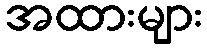
အထားများ